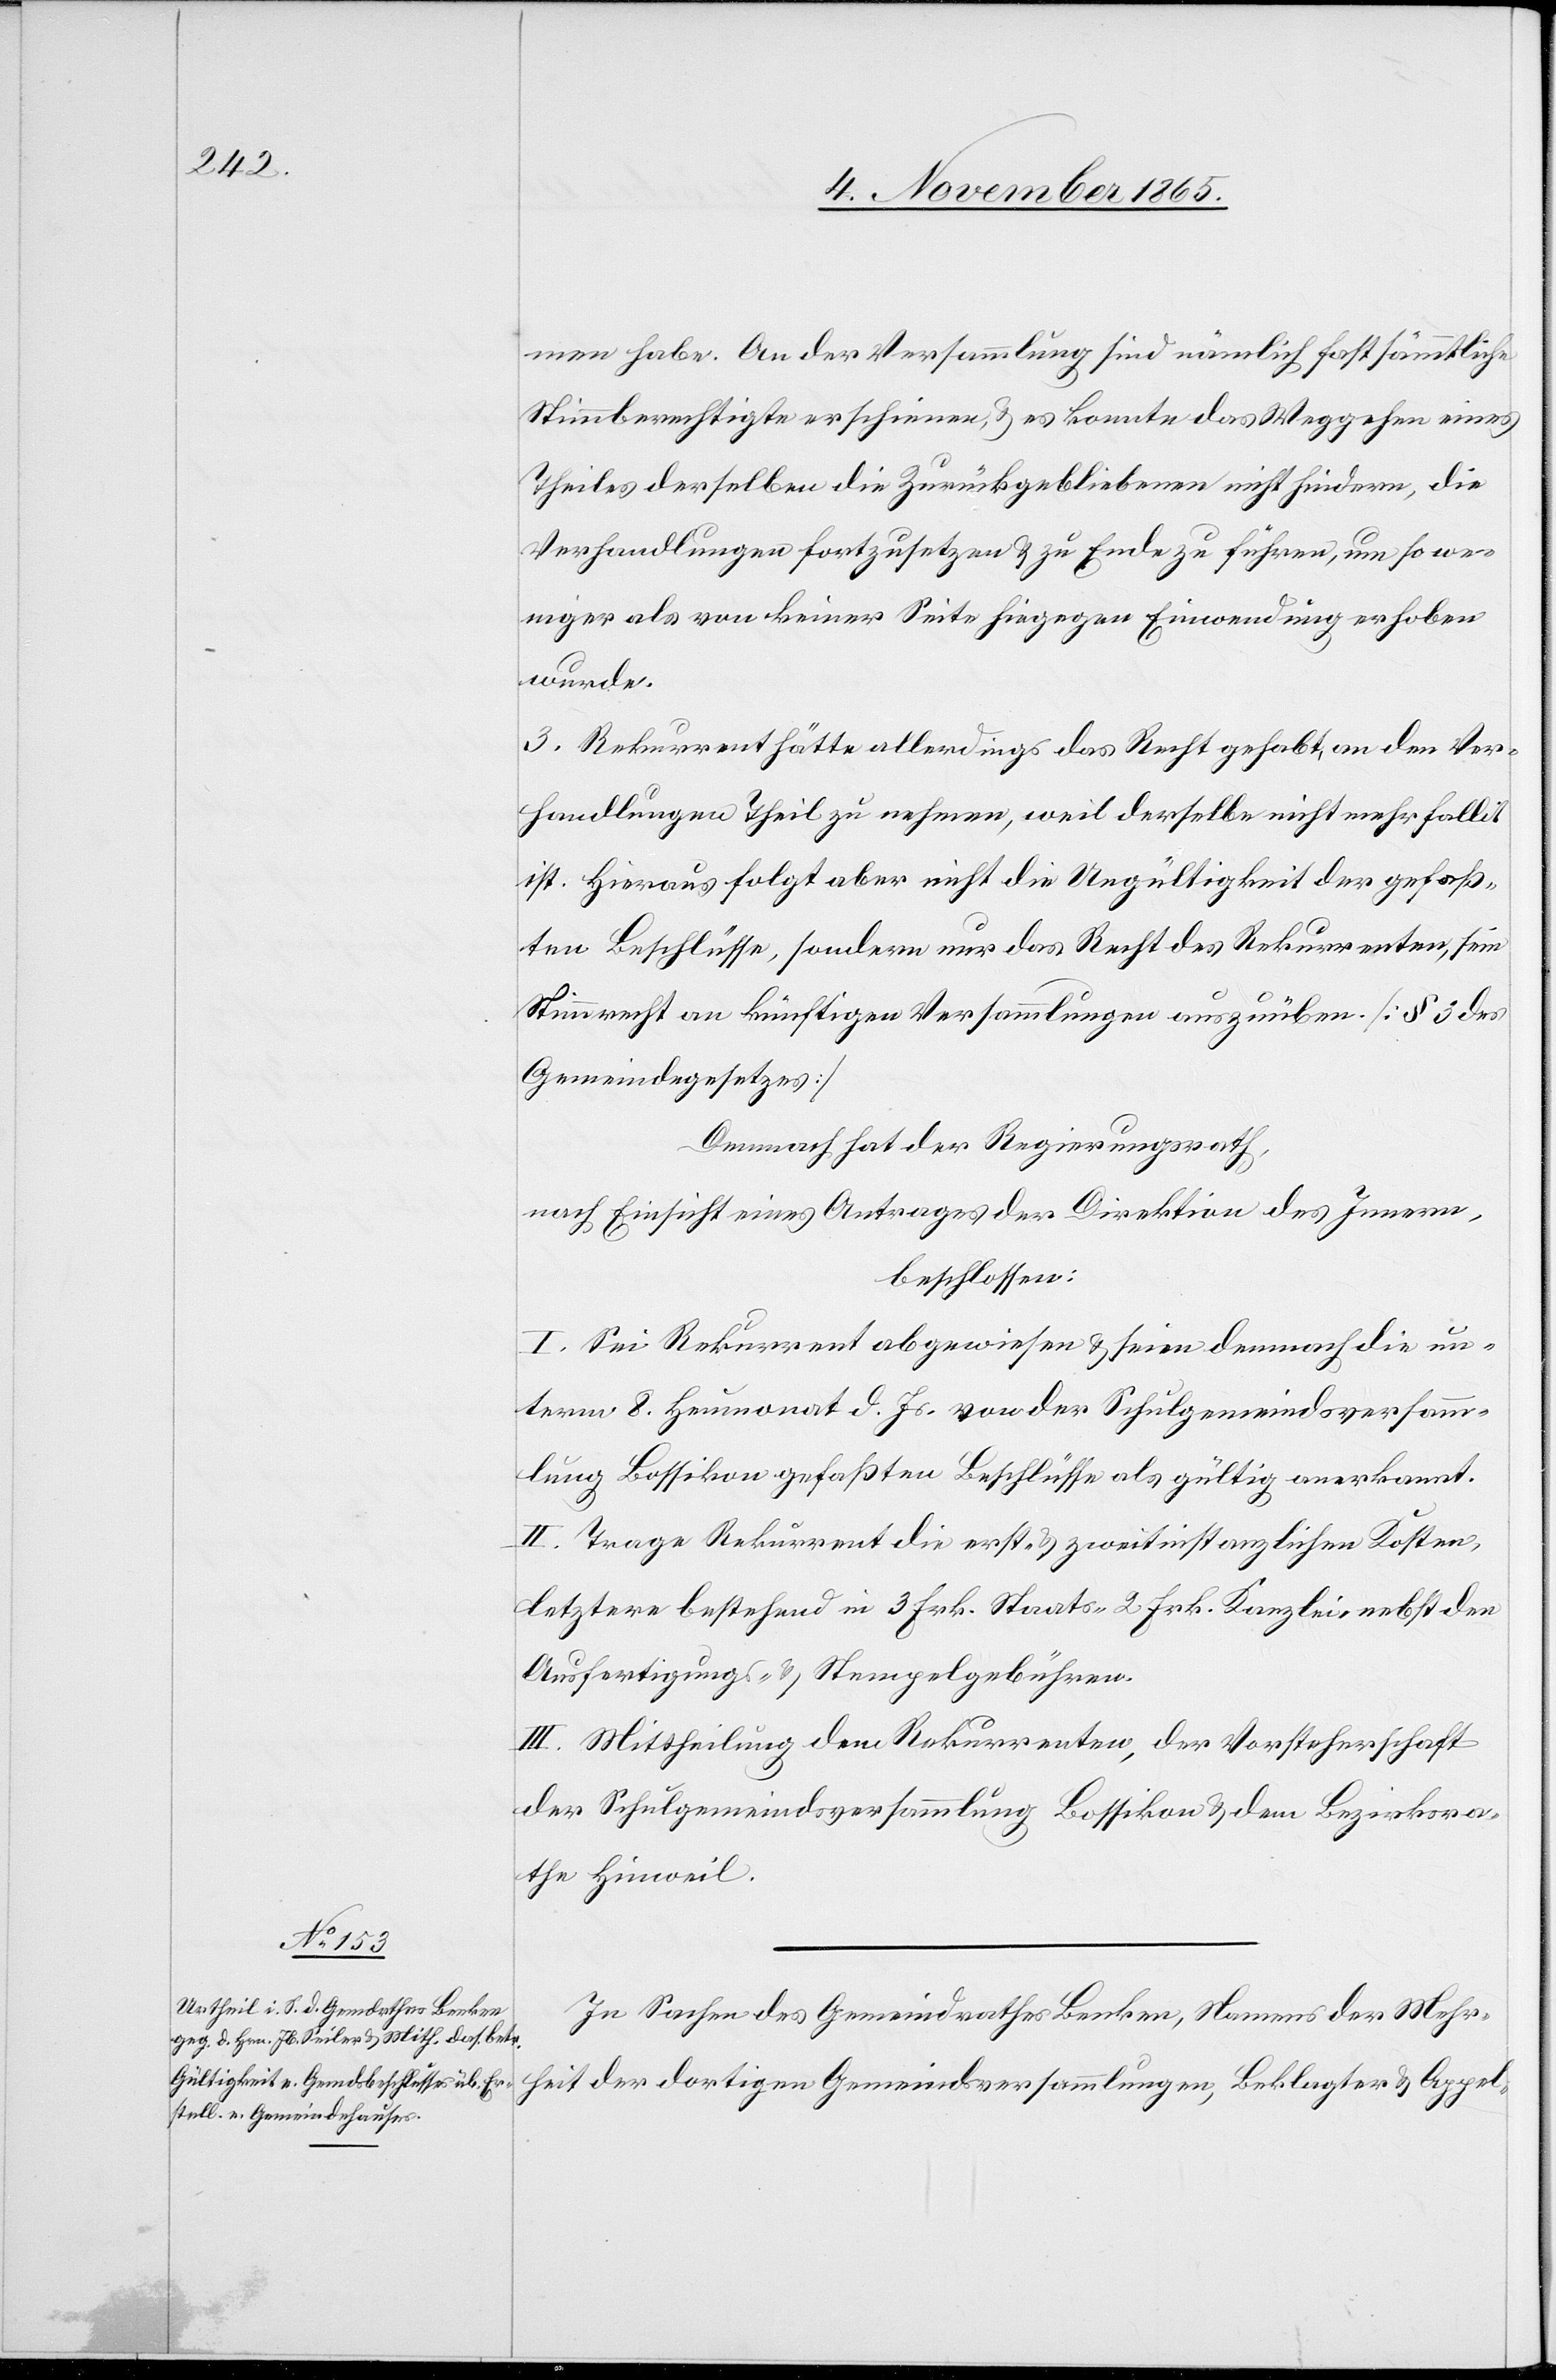
men habe. An der Versammlung sind nämlich fast sämmtliche
Stimmberechtigte erschienen, & es konnte das Weggehen eines
Theiles derselben die Zurückgebliebenen nicht hindern, die
Verhandlungen fortzusetzen & zu Ende zu führen, um so we¬
niger als von keiner Seite hiegegen Einwendung erhoben
wurde.
3. Rekurrent hätte allerdings das Recht gehabt, an den Ver¬
handlungen Theil zu nehmen, weil derselbe nicht mehr fallit
ist. Hieraus folgt aber nicht die Ungültigkeit der gefaß¬
ten Beschlüsse, sondern nur das Recht des Rekurrenten, sein
Stimmrecht an künftigen Versammlungen auszuüben [§ 3 des
Gemeindegesetzes]
Demnach hat der Regierungsrath,
nach Einsicht eines Antrages der Direktion des Innern,
beschlossen:
I. Sei Rekurrent abgewiesen & seien demnach die un¬
term 8. Heumonat d. Js. von der Schulgemeindsversamm¬
lung Bossikon gefaßten Beschlüsse als gültig anerkannt.
II. Trage Rekurrent die erst- & zweitinstanzlichen Kosten,
letztere bestehend in 3 Frk. Staats-[,] 2 Frk. Kanzlei- nebst den
Auslieferungs- & Stempelgebühren.
III. Mittheilung dem Rekurrenten, der Vorsteherschaft
der Schulgemeindsversammlung Bossikon & dem Bezirksra¬
the Hinweil.
In Sachen des Gemeindrathes Benken, Namens der Mehr¬
heit der dortigen Gemeindsversammlungen, Beklagter & Appel-